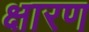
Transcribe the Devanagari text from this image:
क्षारण